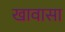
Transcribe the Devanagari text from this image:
खावासा